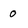
Character: 0